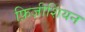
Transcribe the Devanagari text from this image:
फ़िज़ीशियन